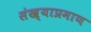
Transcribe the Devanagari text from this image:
संख्याप्रमाण